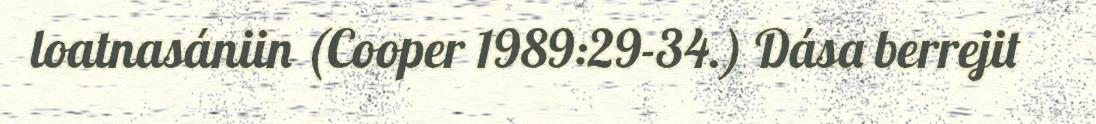
loatnasániin (Cooper 1989:29-34.) Dása berrejit